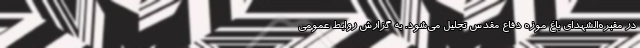
در مقبره‌الشهدای باغ موزه دفاع مقدس تجلیل می‌شود. به گزارش روابط عمومی